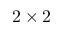
2 \times 2